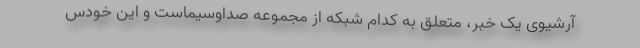
آرشیوی یک خبر، متعلق به کدام شبکه از مجموعه صداوسیماست و این خودس